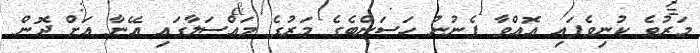
މަރުވެ ކުނިވެފައި އޮއްވާ ފެނުނު ހަސަންބެގެ މަރުގެ މައްސަލާގައި އޭނާ އަށް ދޮން